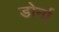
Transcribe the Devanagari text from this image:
डोर्ना